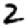
Digit: 2